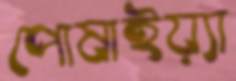
পোষাইয়্যা